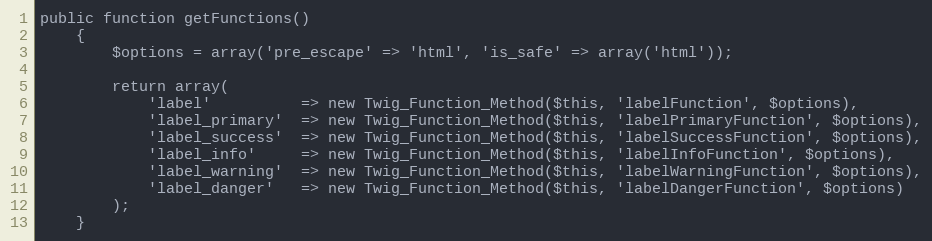
Language: PHP
public function getFunctions()
    {
        $options = array('pre_escape' => 'html', 'is_safe' => array('html'));

        return array(
            'label'          => new Twig_Function_Method($this, 'labelFunction', $options),
            'label_primary'  => new Twig_Function_Method($this, 'labelPrimaryFunction', $options),
            'label_success'  => new Twig_Function_Method($this, 'labelSuccessFunction', $options),
            'label_info'     => new Twig_Function_Method($this, 'labelInfoFunction', $options),
            'label_warning'  => new Twig_Function_Method($this, 'labelWarningFunction', $options),
            'label_danger'   => new Twig_Function_Method($this, 'labelDangerFunction', $options)
        );
    }